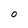
Character: O